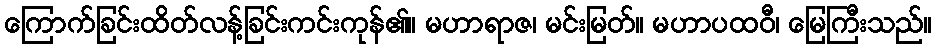
ကြောက်ခြင်းထိတ်လန့်ခြင်းကင်းကုန်၏။ မဟာရာဇ၊ မင်းမြတ်။ မဟာပထဝီ၊ မြေကြီးသည်။